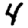
Digit: 4